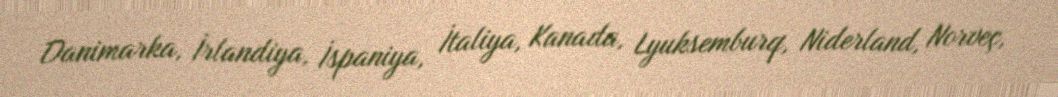
Danimarka, İrlandiya, İspaniya, İtaliya, Kanada, Lyuksemburq, Niderland, Norveç,